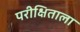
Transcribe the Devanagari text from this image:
परीक्षिताला